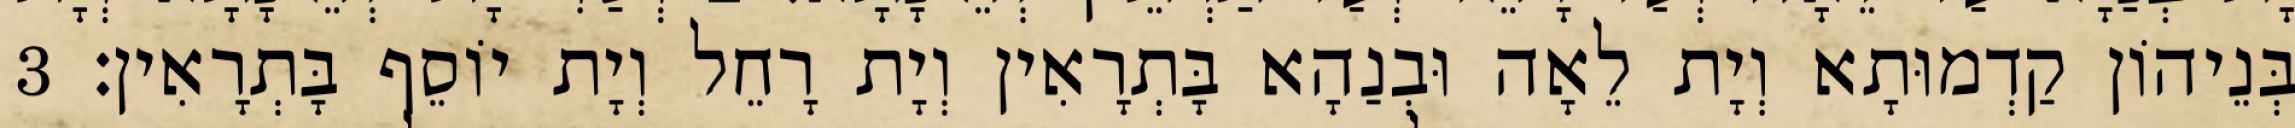
בְּנֵיהוֹן קַדְמוּתָא וְיָת לֵאָה וּבְנַהָא בָּתְרָאִין וְיָת רָחֵל וְיָת יוֹסֵף בָּתְרָאִין׃ 3